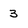
Character: 3